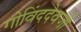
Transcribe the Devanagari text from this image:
गोविंददेवजी